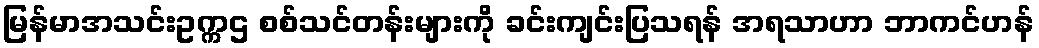
မြန်မာအသင်းဥက္ကဌ စစ်သင်တန်းများကို ခင်းကျင်းပြသရန် အရသာဟာ ဘာကင်ဟန်